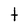
Character: t